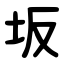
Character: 坂